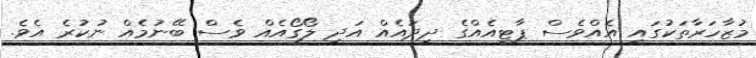
މުޒާހަރާތަކުގައި އެއްވެސް ޕާޓީއެއްގެ ދިދައެއް އަދި ލޯގޯއެއް ވެސް ބޭނުމެއް ނުކުރެ އެވެ.